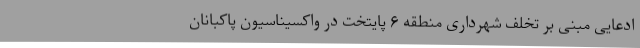
ادعایی مبنی بر تخلف شهرداری منطقه ۶ پایتخت در واکسیناسیون پاکبانان